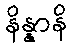
နိန္နာနိ